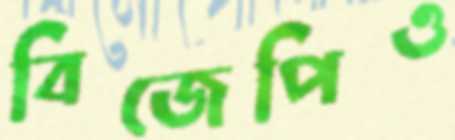
বিজেপিও